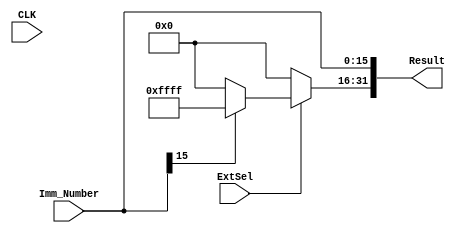
`timescale 1ns / 1ps
//////////////////////////////////////////////////////////////////////////////////
// Company: 
// Engineer: 
// 
// Design Name: 
// Module Name: Sign_Zero_Extend
// Project Name: 
// Target Devices: 
// Tool Versions: 
// Description: 
// 
// Dependencies: 
// 
// Revision:
// Revision 0.01 - File Created
// Additional Comments:
// 
//////////////////////////////////////////////////////////////////////////////////


module Sign_Zero_Extend( CLK,Imm_Number, ExtSel, Result );
 input CLK;
    input [15 :0] Imm_Number;
    input ExtSel;
    output  reg [31:0] Result;
    always@(Imm_Number or ExtSel)begin
  	Result[15:0] = Imm_Number[15:0];
	 Result[31:16] = (ExtSel)? (Imm_Number[15] ? 16'hffff : 16'h0000) : 16'h0000;
	 end
endmodule